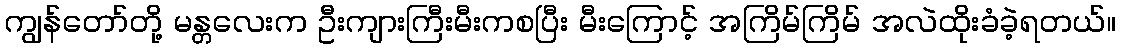
ကျွန်တော်တို့ မန္တလေးက ဦးကျားကြီးမီးကစပြီး မီးကြောင့် အကြိမ်ကြိမ် အလဲထိုးခံခဲ့ရတယ်။